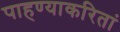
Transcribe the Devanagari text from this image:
पाहण्याकरितां